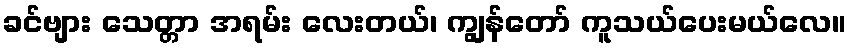
ခင်ဗျား သေတ္တာ အရမ်း လေးတယ်၊ ကျွန်တော် ကူသယ်ပေးမယ်လေ။